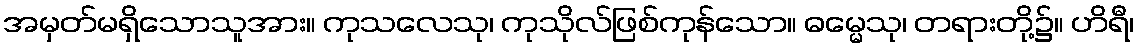
အမှတ်မရှိသောသူအား။ ကုသလေသု၊ ကုသိုလ်ဖြစ်ကုန်သော။ ဓမ္မေသု၊ တရားတို့၌။ ဟိရီ၊